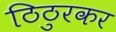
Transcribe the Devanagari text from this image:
ठिठुरकर